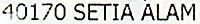
40170 SETIA ALAM